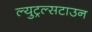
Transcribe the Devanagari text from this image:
ल्युट्रल्सटाउन